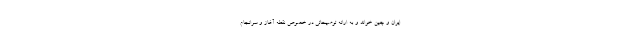
ایران و چین خواند و به ارائه توضیحاتی در خصوص نقطه آغاز و سرانجام